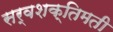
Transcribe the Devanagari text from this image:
सर्वशक्तिमती